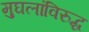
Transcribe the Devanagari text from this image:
मुघलांविरुद्ध